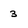
Character: 3